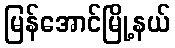
မြန်အောင်မြို့နယ်